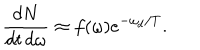
\frac { d N } { d t \, d \omega } \approx f ( \omega ) e ^ { - \omega _ { d } / T } .